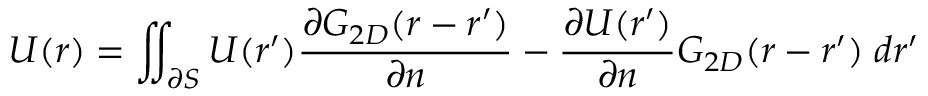
U ( \boldsymbol { r } ) = \iint _ { \partial S } U ( \boldsymbol { r ^ { \prime } } ) \frac { \partial G _ { 2 D } ( \boldsymbol { r } - \boldsymbol { r ^ { \prime } } ) } { \partial n } - \frac { \partial U ( \boldsymbol { r ^ { \prime } } ) } { \partial n } G _ { 2 D } ( \boldsymbol { r } - \boldsymbol { r ^ { \prime } } ) \; d \boldsymbol { r ^ { \prime } }